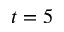
t = 5